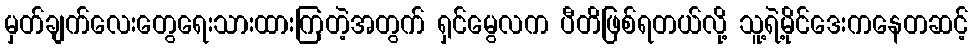
မှတ်ချက်လေးတွေရေးသားထားကြတဲ့အတွက် ရှင်မွေလက ပီတိဖြစ်ရတယ်လို့ သူ့ရဲ့မိုင်ဒေးကနေတဆင့်